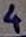
Text: 4